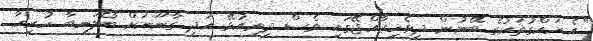
"އެ ހައްގުތަކުގެ ބޭނުން ދިވެހިރާއްޖޭގައި ވެސް ދިރިއުޅޭ އަދި ގާނޫނަށް ބޯލަނބާ ހުރިހާ